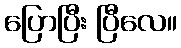
ပြောပြီး ပြီလေ။